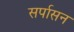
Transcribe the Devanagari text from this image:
सर्पासन